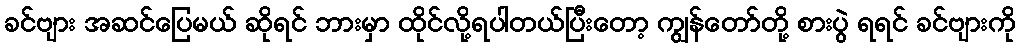
ခင်ဗျား အဆင်ပြေမယ် ဆိုရင် ဘားမှာ ထိုင်လို့ရပါတယ်ပြီးတော့ ကျွန်တော်တို့ စားပွဲ ရရင် ခင်ဗျားကို